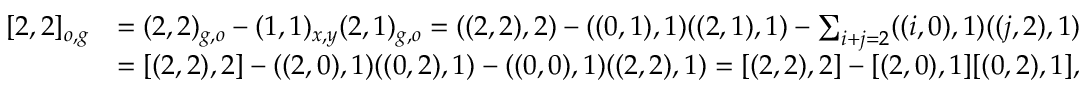
\begin{array} { r l } { [ 2 , 2 ] _ { o , g } } & { = ( 2 , 2 ) _ { g , o } - ( 1 , 1 ) _ { x , y } ( 2 , 1 ) _ { g , o } = ( ( 2 , 2 ) , 2 ) - ( ( 0 , 1 ) , 1 ) ( ( 2 , 1 ) , 1 ) - \sum _ { i + j = 2 } ( ( i , 0 ) , 1 ) ( ( j , 2 ) , 1 ) } \\ & { = [ ( 2 , 2 ) , 2 ] - ( ( 2 , 0 ) , 1 ) ( ( 0 , 2 ) , 1 ) - ( ( 0 , 0 ) , 1 ) ( ( 2 , 2 ) , 1 ) = [ ( 2 , 2 ) , 2 ] - [ ( 2 , 0 ) , 1 ] [ ( 0 , 2 ) , 1 ] , } \end{array}